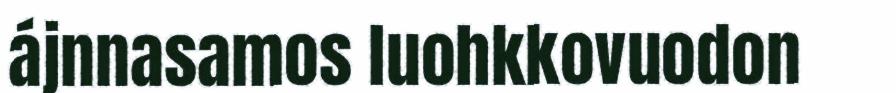
ájnnasamos luohkkovuodon